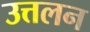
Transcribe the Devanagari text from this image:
उत्तलन